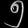
Digit: ၅